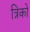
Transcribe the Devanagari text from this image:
त्रिको